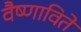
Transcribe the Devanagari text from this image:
वैष्णाविते